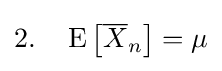
2.\quad \operatorname {E} \left[{\overline {X}}_{n}\right]=\mu